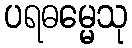
ပရဓမ္မေသု